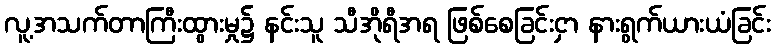
လူ့အသက်တာကြီးထွားမှု၌ နင်းသူ သီအိုရီအရ ဖြစ်စေခြင်းငှာ နားရွက်ယားယံခြင်း